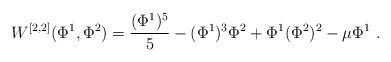
\begin{align*}W^{[2,2]}(\Phi^1,\Phi^2)={(\Phi^1)^5 \over 5}-(\Phi^1)^3\Phi^2 +\Phi^1 (\Phi^2)^2 -\mu\Phi^1~.\end{align*}